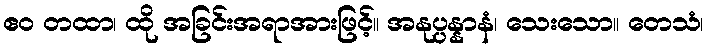
ဧဝ တထာ၊ ထို အခြင်းအရာအားဖြင့်။ အနုပ္ပန္နာနံ၊ သေးသော။ တေသံ၊